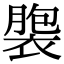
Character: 褜